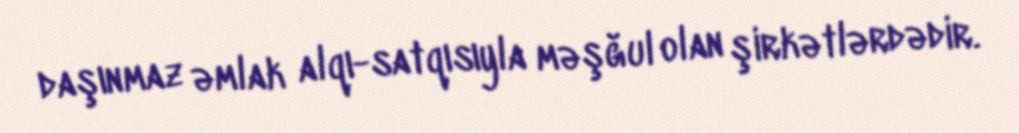
daşınmaz əmlak alqı-satqısıyla məşğul olan şirkətlərdədir.